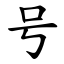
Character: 号